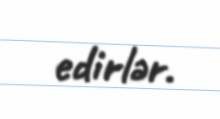
edirlər.